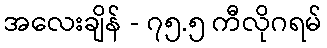
အလေးချိန် - ၇၅.၅ ကီလိုဂရမ်